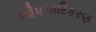
ઔપચારિકરણ